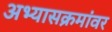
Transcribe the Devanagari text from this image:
अभ्यासक्रमांवर